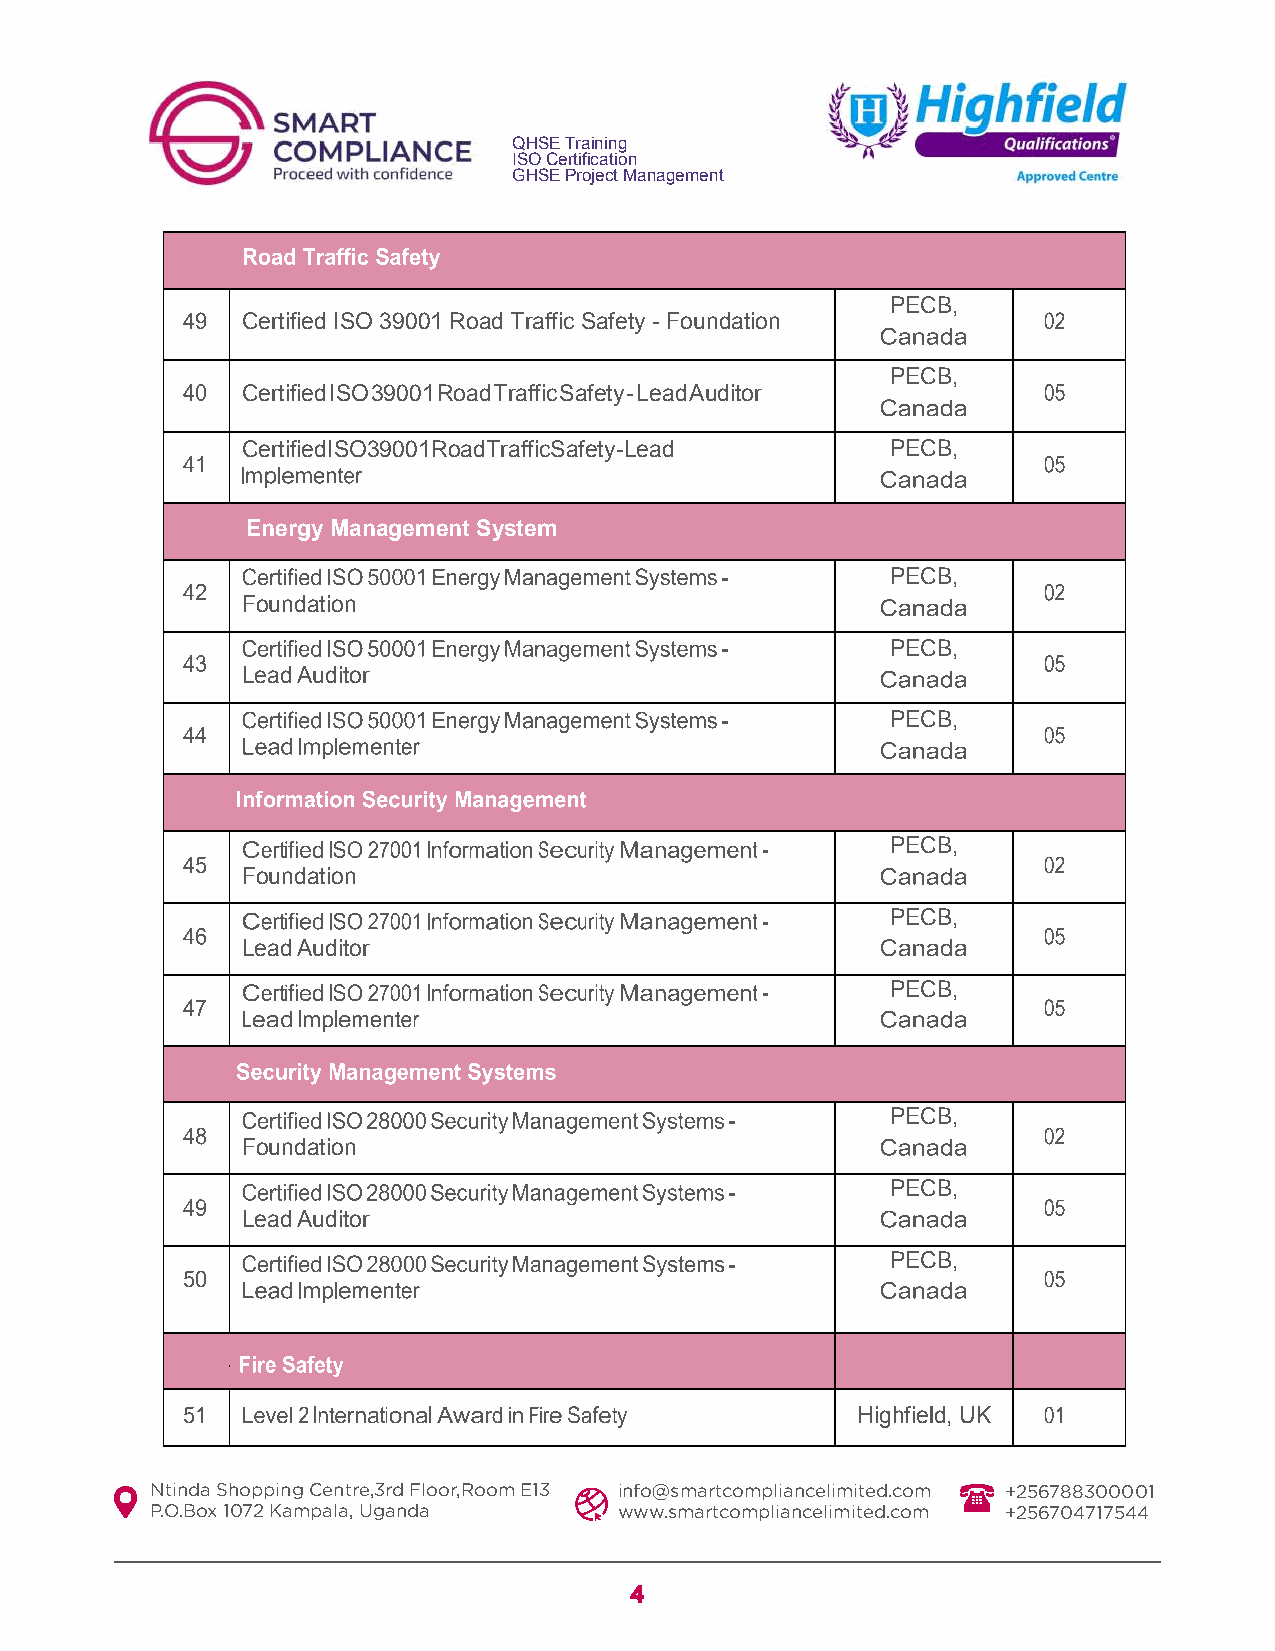
QHSE Training
 ISO Certification
 GHSE Project Management
 PECB,
 Certified ISO 39001 Road Traffic Safety - Foundation
 PECB,
 Certified ISO 39001 Road Traffic Safety - Lead Auditor
 Certified ISO 39001 Road Traffic Safety - Lead PECB,
 Energy Management System
 PECB,
 Foundation
 PECB,
 Lead Auditor
 PECB,
 PECB,
 Foundation
 PECB,
 Lead Auditor
 PECB,
 PECB,
 Foundation
 PECB,
 Lead Auditor
 PECB,
 Highfield, UK
 Ntinda Shopping Centre,3rd Floor,Room E13 info@smartcompliancelimited.com +256788300001
 P.O.Box 1072 Kampala, Uganda   www.smartcompliancelimited.com +256704717544
 4